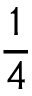
\frac { 1 } { 4 }